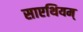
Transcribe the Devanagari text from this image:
साएथियम्‌